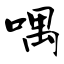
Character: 喁